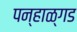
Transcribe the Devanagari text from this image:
पन्हाळ्गड